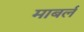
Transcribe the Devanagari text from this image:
माबर्ल